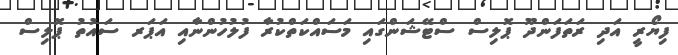
ފިޔޯރީ އަދި ރަތަފަންދޫ ޕޮލިސް ސްޓޭޝަންގައި މަސައްކަތްކުރާ ފުލުހުންނާއި އަޕަރ ސައުތު ޕޮލިސް